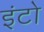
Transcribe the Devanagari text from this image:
इंटो